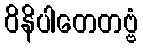
ဝိနိပါတေတဗ္ဗံ